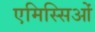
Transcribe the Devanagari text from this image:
एमिस्सिओं